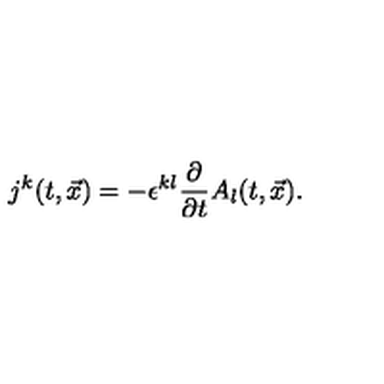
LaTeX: j ^ { k } ( t , { \vec { x } } ) = - \epsilon ^ { k l } \frac { \partial } { \partial t } A _ { l } ( t , { \vec { x } } ) .